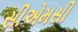
સીએમસી